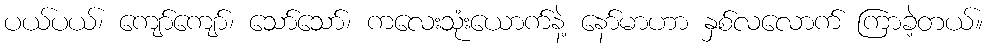
ပယ်ပယ်၊ ကျော်ကျော်၊ သော်သော်၊ ကလေးသုံးယောက်နဲ့ နော်မာဟာ နှစ်လလောက် ကြာခဲ့တယ်။